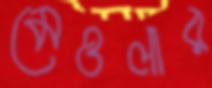
মেওলার